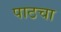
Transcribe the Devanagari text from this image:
पाठचा